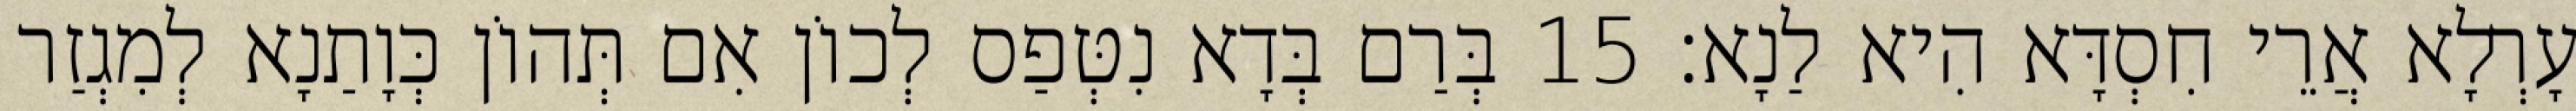
עָרְלָא אֲרֵי חִסְדָּא הִיא לַנָא׃ 15 בְּרַם בְּדָא נִטְּפַס לְכוֹן אִם תְּהוֹן כְּוָתַנָא לְמִגְזַר